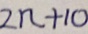
2 n + 1 0